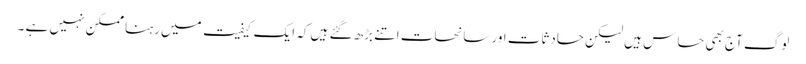
لوگ آج بھی حساس ہیں لیکن حادثات اور سانحات اتنے بڑھ گئے ہیں کہ ایک کیفیت میں رہنا ممکن نہیں ہے ۔